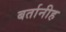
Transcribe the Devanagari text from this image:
बर्तानीह